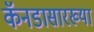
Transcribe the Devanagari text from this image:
कॅनडासारख्या